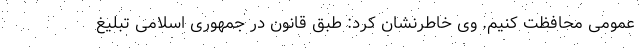
عمومی محافظت کنیم. وی خاطرنشان کرد: طبق قانون در جمهوری اسلامی تبلیغ